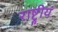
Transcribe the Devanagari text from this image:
राष्ट्रीयं